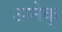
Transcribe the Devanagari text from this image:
अनेक्